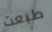
طبعت